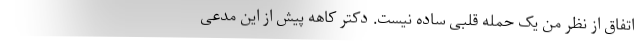
اتفاق از نظر من یک حمله قلبی ساده نیست. دکتر کاهه پیش از این مدعی